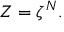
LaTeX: Z = \zeta ^ { N } .